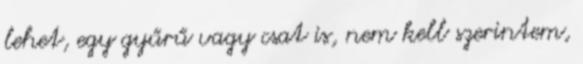
lehet, egy gyűrű vagy csat is, nem kell szerintem,